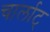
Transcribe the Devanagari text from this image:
चार्लाट्